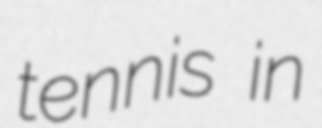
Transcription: tennis in